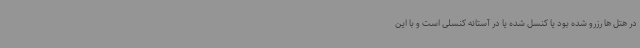
در هتل ها رزرو شده بود یا کنسل شده یا در آستانه کنسلی است و با این